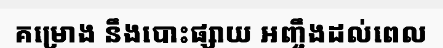
គម្រោង នឹងបោះផ្សាយ អញ្ចឹងដល់ពេល